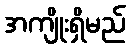
အကျိုးရှိမည်